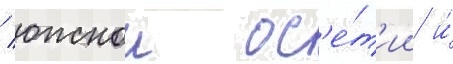
/ южнои ос'е́т'ии и́